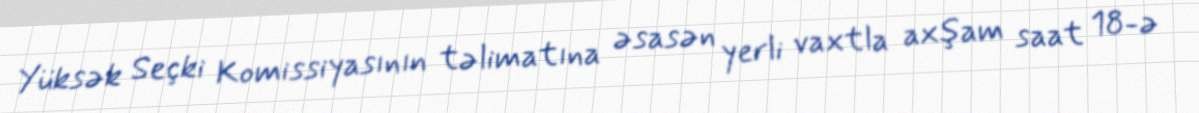
Yüksək Seçki Komissiyasının təlimatına əsasən yerli vaxtla axşam saat 18-ə